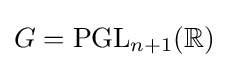
G=\mathrm {PGL} _{n+1}(\mathbb {R} )